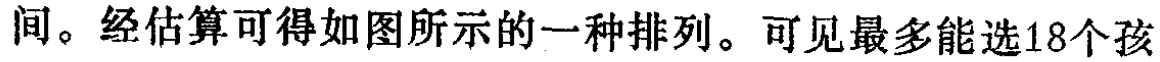
间。经估算可得如图所示的一种排列。可见最多能选18个孩